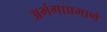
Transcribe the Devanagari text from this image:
अभंगाप्रमाणे